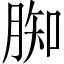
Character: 𦝔